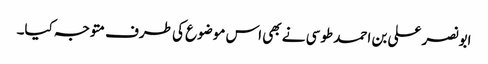
ابونصر علی بن احمد طوسی نے بھی اس موضوع کی طرف متوجہ کیا۔